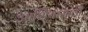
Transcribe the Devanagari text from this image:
आशियासाठी